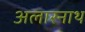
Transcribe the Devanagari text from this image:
अलारनाथ